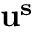
\mathbf { u ^ { s } }